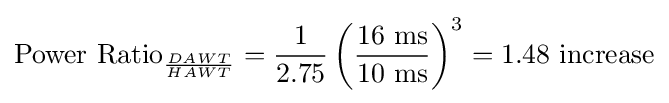
{\text{Power Ratio}}_{DAWT \over HAWT}={1 \over 2.75}\left({16{\text{ ms}} \over 10{\text{ ms}}}\right)^{3}=1.48{\text{ increase}}